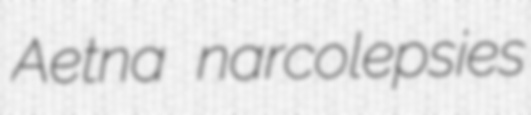
Aetna narcolepsies